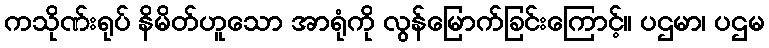
ကသိုဏ်းရုပ် နိမိတ်ဟူသော အာရုံကို လွန်မြောက်ခြင်းကြောင့်။ ပဌမာ၊ ပဌမ